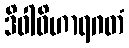
ဒိဝါဝိဟာရဂတံ